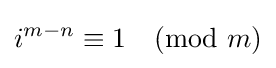
i^{m-n}\equiv 1{\pmod {m}}